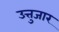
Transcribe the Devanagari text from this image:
उत्तुजार